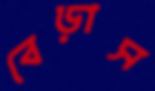
বেড়াস